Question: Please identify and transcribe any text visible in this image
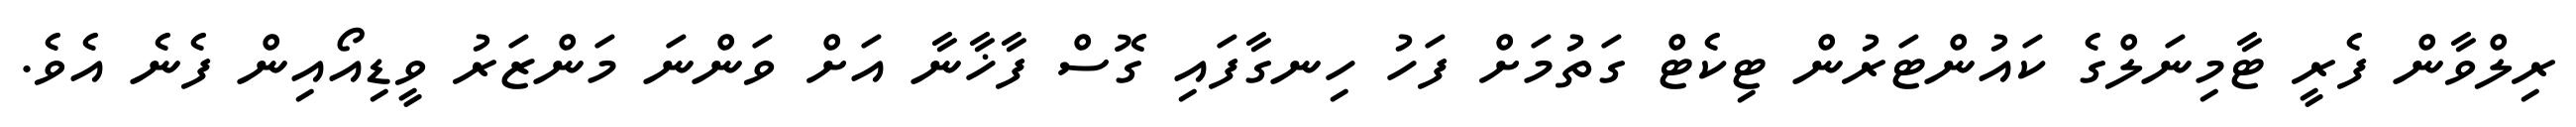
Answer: ރިލްވާން ފެރީ ޓާމިނަލްގެ ކައުންޓަރުން ޓިކެޓް ގަތުމަށް ފަހު ހިނގާފައި ގޮސް ފާޚާނާ އަށް ވަންނަ މަންޒަރު ވީޑިއޯއިން ފެނެ އެވެ.